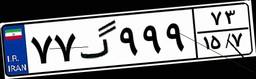
۷۷گ۹۹۹۷۳